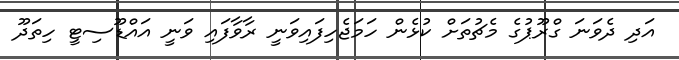
އަދި ދެވަނަ ގްރޫޕުގެ މެޗުތަށް ކުޅެން ހަމަޖެހިފައިވަނީ ރާވާފައި ވަނީ އައްޑޫސިޓީ ހިތަދޫ